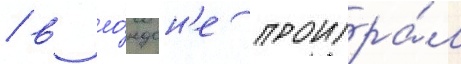
/ в ло́ндон'е проигра́л